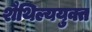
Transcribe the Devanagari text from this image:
शैथिल्ययुक्त